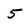
Character: 5